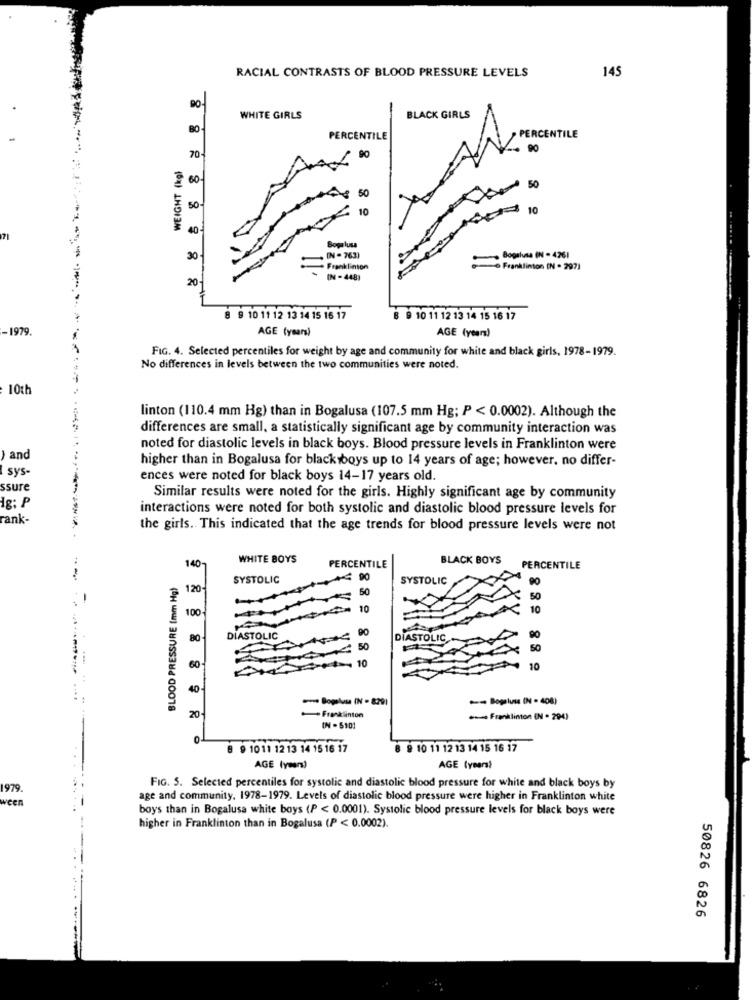
RACIAL CONTRASTS OF BLOOD PRESSURE LEVELS
145
90
WHITE GIRLS
BLACK GIRLS
PERCENTILE
PERCENTILE
90
WEIGHT (kgl
70
90
200
50
50
50-
10
10
40
71
Sopa lusa
30
IN - 763)
Bogalusa (IN - 4261
=
Franklinton
Franklinton (N . 297)
20
IN - 448)
8 9 10 11 12 13 14 15 16 17
8 9 10 11 12 13 14 15 16 17
-1979.
AGE (years)
AGE (years)
FIG. 4. Selected percentiles for weight by age and community for white and black girls, 1978-1979.
No differences in levels between the two communities were noted.
10th
linton (110.4 mm Hg) than in Bogalusa (107.5 mm Hg; P < 0.0002). Although the
differences are small, a statistically significant age by community interaction was
noted for diastolic levels in black boys. Blood pressure levels in Franklinton were
) and
higher than in Bogalusa for black boys up to 14 years of age; however, no differ-
I sys-
ences were noted for black boys 14-17 years old.
ssure
Similar results were noted for the girls. Highly significant age by community
Ig; P
interactions were noted for both systolic and diastolic blood pressure levels for
rank-
the girls. This indicated that the age trends for blood pressure levels were not
140
WHITE BOYS
PERCENTILE
BLACK BOYS
PERCENTILE
BLOOD PRESSURE (mm Hg)
SYSTOLIC
90
SYSTOLIC
90
120
50
50
100-
10
10
90
80
DIASTOLIC
DIASTOLIC
90
50
50
=-= 10
60
10
40
- Boplus (N - 829)
- Boplus (N = 408)
20
Franklinton
. Franklinton (N . 294)
IN - $101
0
8 9 1011 12 13 14 15 16 17
8 9 10 11 12 13 14 15 16 17
AGE (yarı)
AGE (years)
1979.
FIG. 5. Selected percentiles for systolic and diastolic blood pressure for white and black boys by
ween
age and community, 1978-1979. Levels of diastolic blood pressure were higher in Franklinton white
boys than in Bogalusa white boys (P < 0.0001). Systolic blood pressure levels for black boys were
higher in Franklinton than in Bogalusa (P < 0.0002).
.....
50826 6826